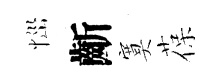
𢙉齗寞葆